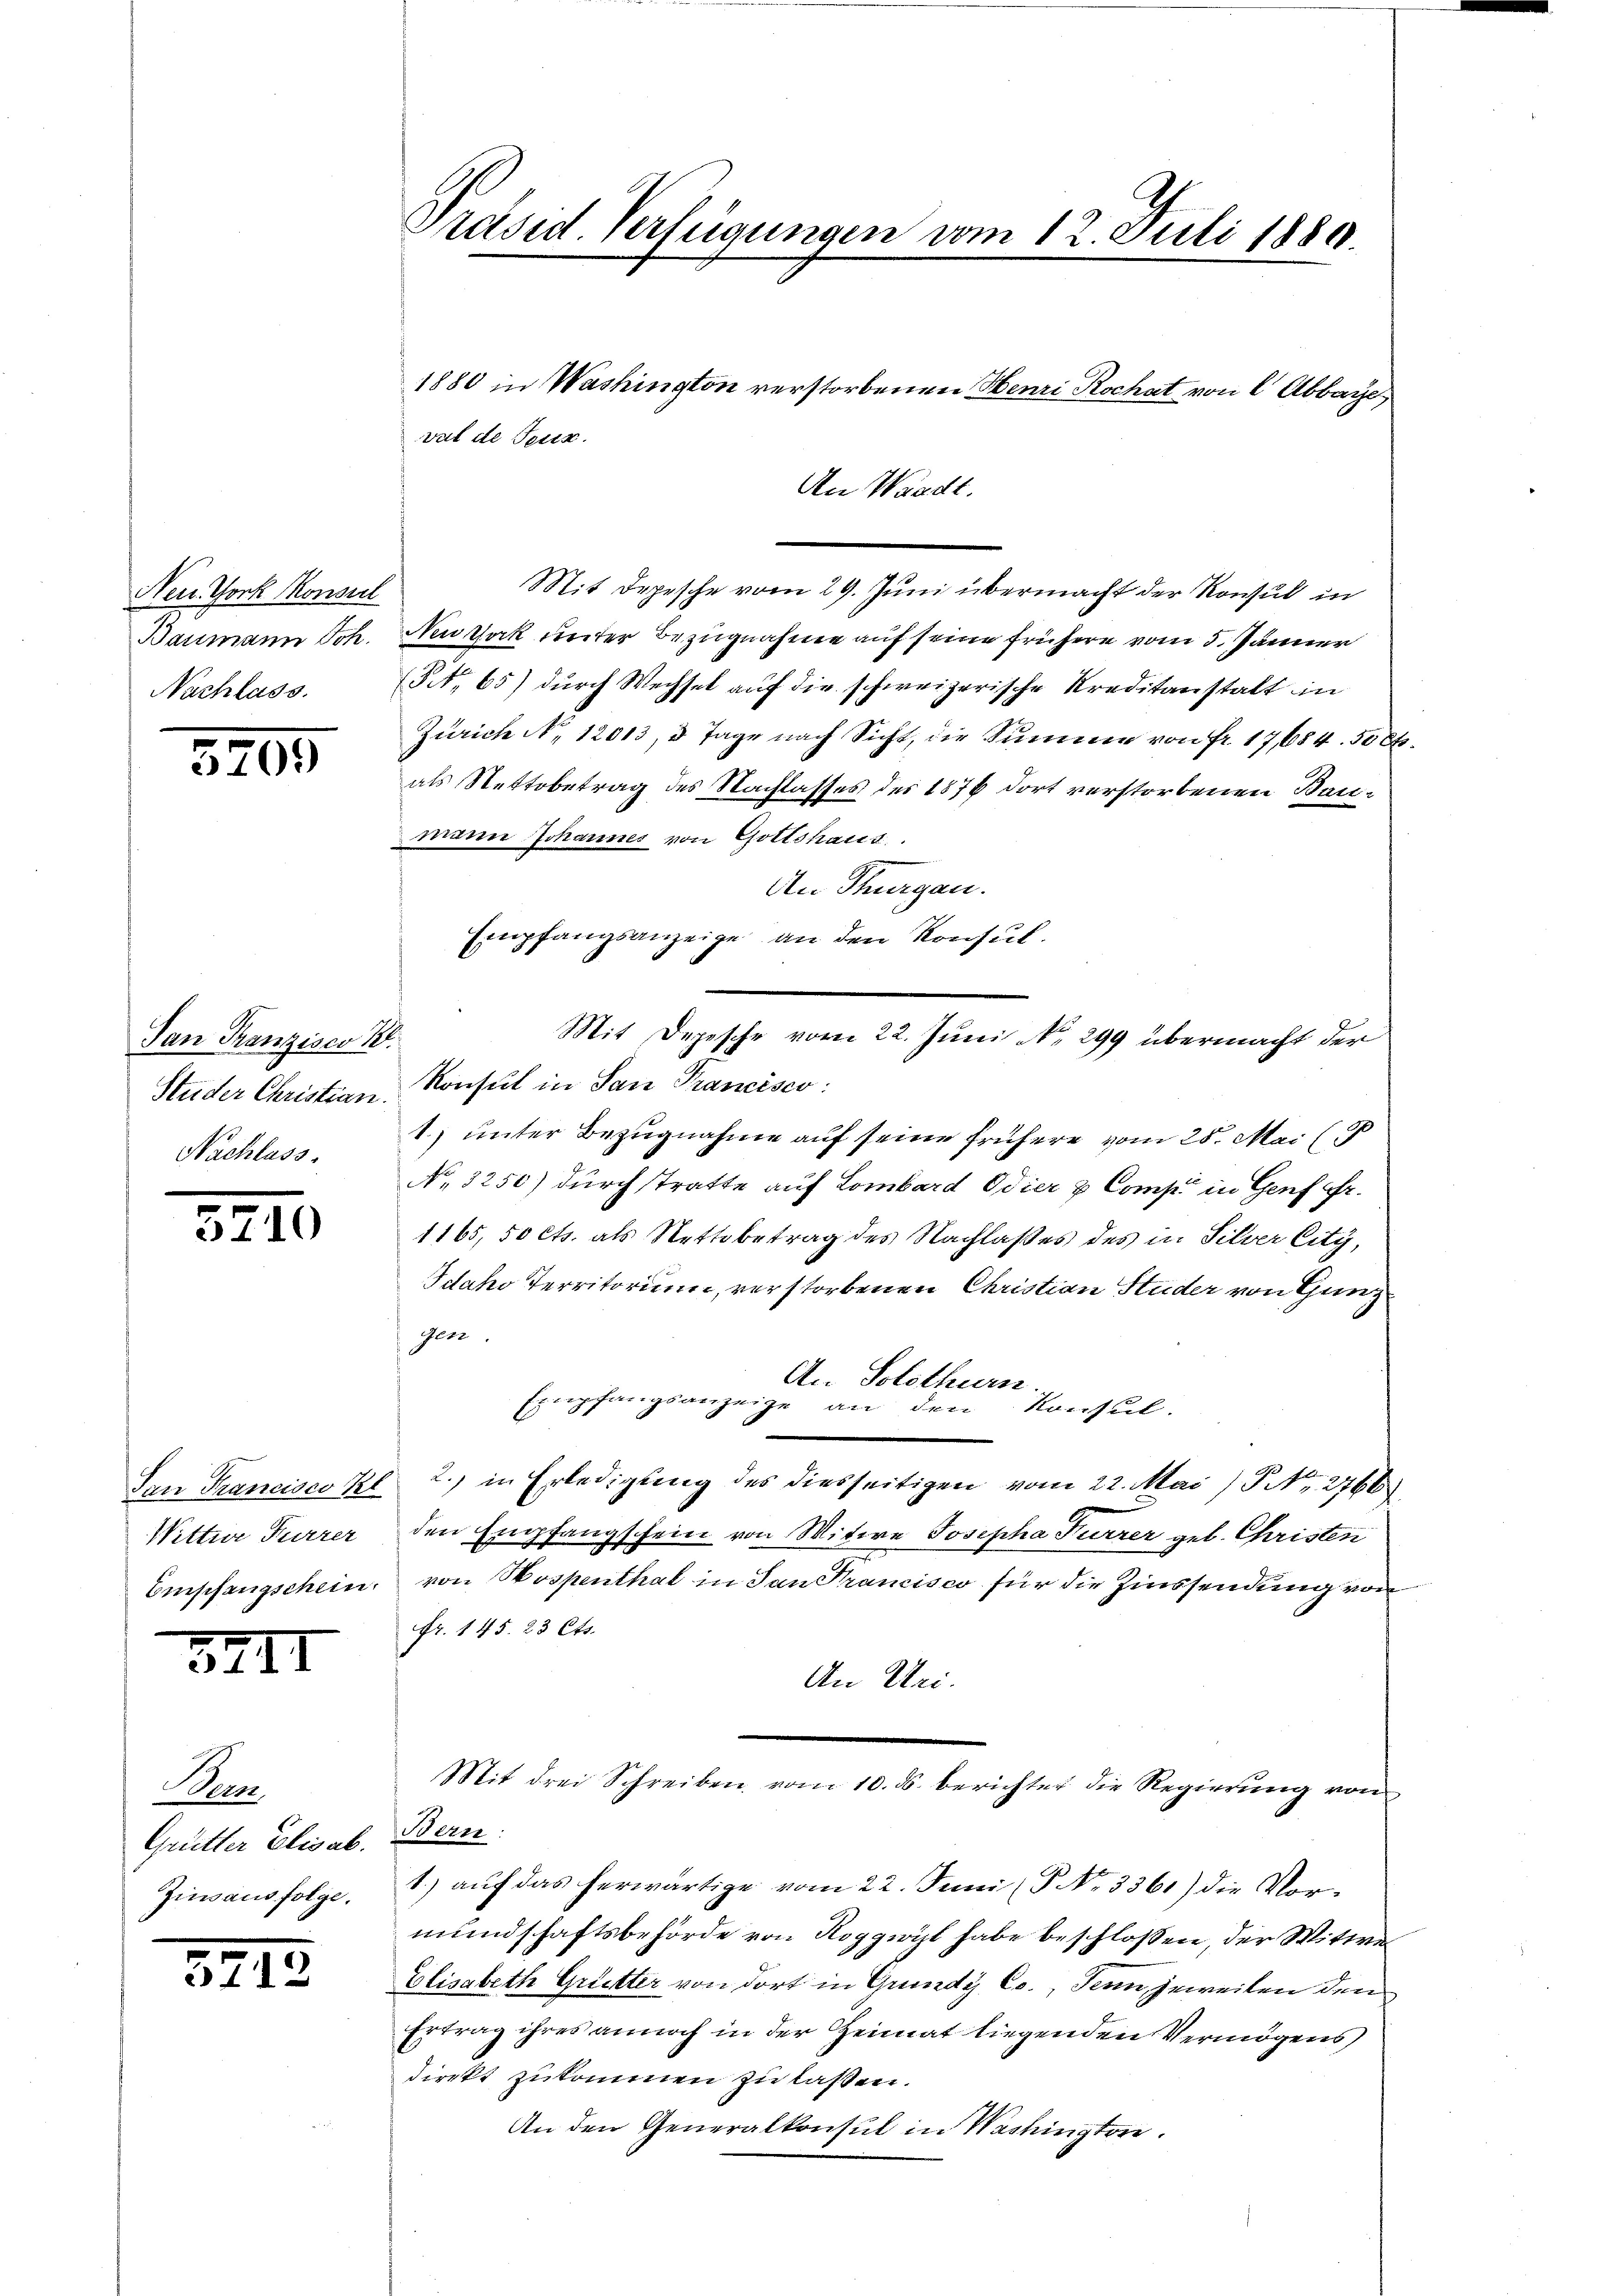
Neu. York Konseil
Baumann Joh.
Nachlass.

570.

San Franzisco K.
Studer Christian.
Nachlass

52

5211

37

10

San Francisco Kl
Nittwe Furrer
Empfangschein.

Ber
7
Grütter Elisab.
Zinsaus folge.

Präsid. Verfügungen vom 12. Juli 1880.

val de Festz

An Waadt.
Mit Depesche vom 29. Juni übermacht der Konsul in
Neustark weiter Bezugnahme auf seine frühere vom 3. Jänner
(Tit. 65) durch Wechsel auf die schweizerische Kreditanstalt in
Zürich No. 12013, 3 Tage nach Sicht, die Summe von Fr. 17,684. 50 Ct
als Stettobetrag des Nachlasses des 1876 dort verstorbenen Bau-
mann Johannes von Gottshaus
An Thurgau.
Empfangsanzeige an den Konsul
Konsul in San Francisco:
1) unter Bezugnahme auf seine frühere vom 28. Mai (5
No. 3250) durch stratte auf Lombard Odier & Comp in Genf fr.
1165, 50 Cts. als Nettobetrag des Nachlaßes des in Silver City,
Idaho Territorium, verstorbenen Christian Studer von Gunz
gen.
An Solothurn.
Exmpfangsanzeige den Konsul-
2.) in Erledigung des diesseitigen vom 22. Mai] NNo. 2760
den Empfangschein von Mitwe Josepha Furrer gel. Christen
von Hospenthal in San Francisco für die Zinssendung von
fr. 145. 23 Cts.
An Uri.
Mit drei Schreiben vom 10. ds. berichtet die Regierung von
Bern
1.) auf das herwärtige vom 22. Juni (P No 3361) die Vor-
mundschaftsbehörde von Roggwyl habe beschlossen, der Witwe
Elisabeth Grütter von dort in Grundy Cc., Senn jeweiten den
Ertrag ihres annoch in der Heimat liegenden Vermögens,
direkt zukommen zu laßen.
An den Generalkonsul in Nachingte.

1880 in Washington verstorbenen Henri Rochat von 2 Abbare

Mit Depesche vom 22. Juni N. 299 übermacht der